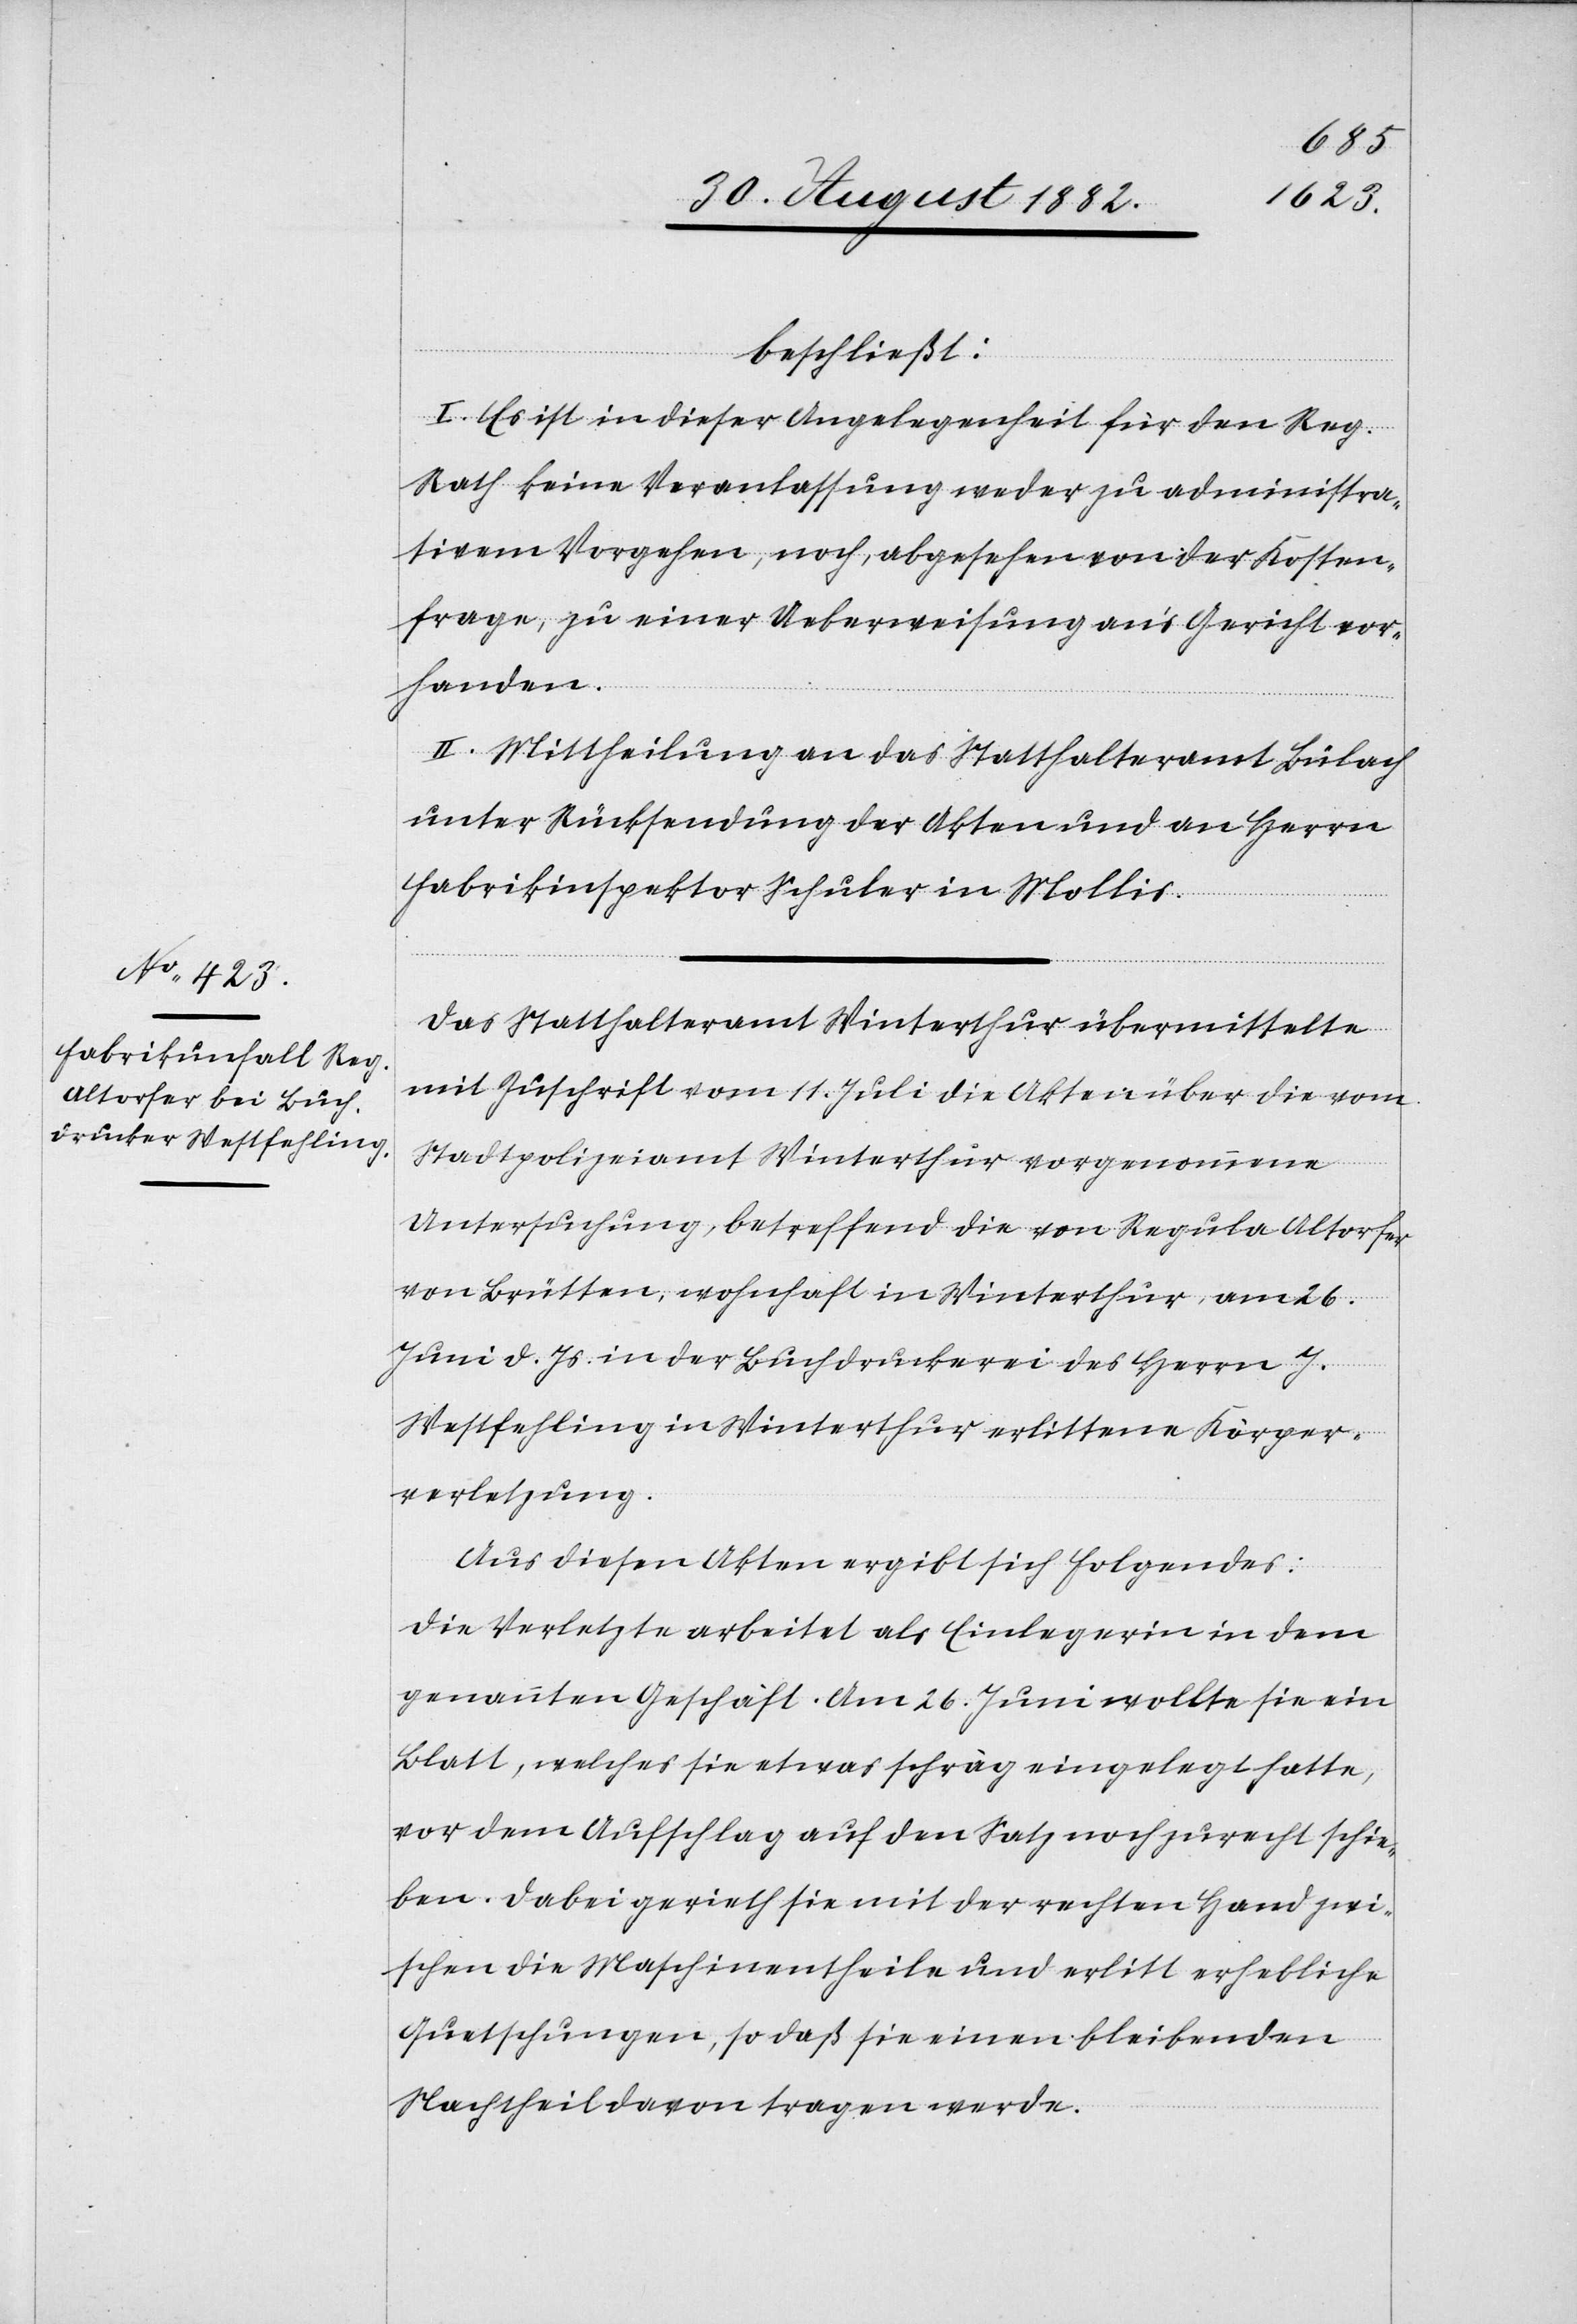
beschließt:
I. Es ist in dieser Angelegenheit für den Reg.
Rath keine Veranlassung weder zu administra¬
tivem Vorgehen, noch, abgesehen von der Kosten¬
frage, zu einer Ueberweisung an’s Gericht vor¬
handen.
II. Mittheilung an das Statthalteramt Bülach
unter Rücksendung der Akten und an Herrn
Fabrikinspektor Schuler in Mollis.
Das Statthalteramt Winterthur übermittelte
mit Zuschrift vom 11. Juli die Akten über die vom
Stadtpolizeiamt Winterthur vorgenommene
Untersuchung, betreffend die von Regula Altorfer
von Brütten, wohnhaft in Winterthur, am 26.
Juni d. Js. in der Buchdruckerei des Herrn J.
Westfehling in Winterthur erlittene Körper¬
verletzung.
Aus diesen Akten ergibt sich Folgendes:
Die Verletzte arbeitet als Einlegerin in dem
genannten Geschäft. Am 26. Juni wollte sie ein
Blatt, welches sie etwas schräg eingelegt hatte,
vor dem Aufschlag auf den Satz noch zurecht schie¬
ben. Dabei gerieth sie mit der rechten Hand zwi¬
schen die Maschinentheile und erlitt erhebliche
Quetschungen, so daß sie einen bleibenden
Nachtheil davon tragen werde.